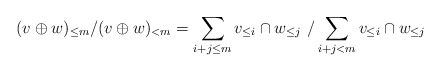
\begin{align*}(v \oplus w)_{\leq m}/ (v \oplus w)_{< m} = \sum_{i + j \leq m} v_{\leq i} \cap w_{\leq j} \ / \sum_{i + j < m} v_{\leq i} \cap w_{\leq j}\\\\\end{align*}